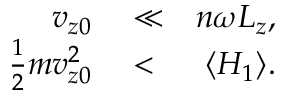
\begin{array} { r l r } { v _ { z 0 } } & { { } \ll } & { n \omega L _ { z } , } \\ { \frac { 1 } { 2 } m v _ { z 0 } ^ { 2 } } & { { } < } & { \langle H _ { 1 } \rangle . } \end{array}